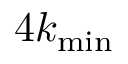
4 k _ { \mathrm { m i n } }